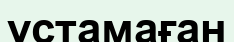
ұстамаған